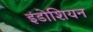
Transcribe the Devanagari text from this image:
इंडोशियन